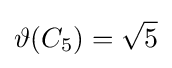
\vartheta (C_{5})={\sqrt {5}}